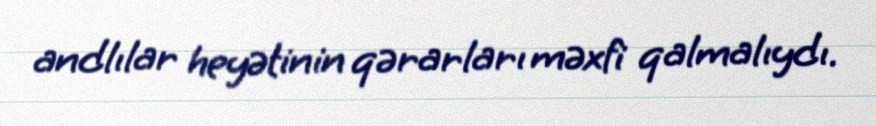
andlılar heyətinin qərarları məxfi qalmalıydı.